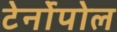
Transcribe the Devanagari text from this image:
टेर्नोपोल